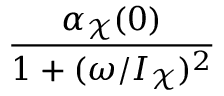
\frac { \alpha _ { \mathcal { X } } ( 0 ) } { 1 + ( \omega / I _ { \mathcal { X } } ) ^ { 2 } }